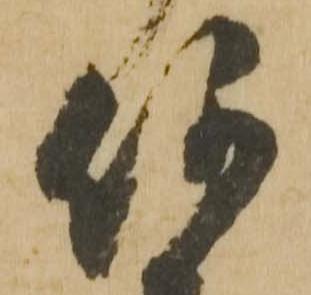
何